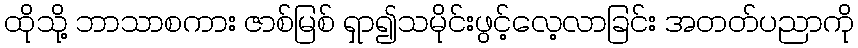
ထိုသို့ ဘာသာစကား ဇာစ်မြစ် ရှာ၍သမိုင်းဖွင့်လေ့လာခြင်း အတတ်ပညာကို